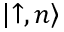
\left| \uparrow , n \right\rangle